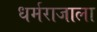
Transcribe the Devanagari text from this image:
धर्मराजाला